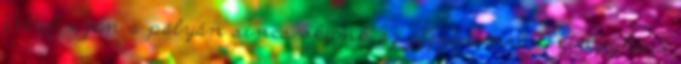
Vettel: ezen a pályán sincs okunk az aggodalomra Nyíregyháza